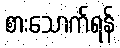
စားသောက်ရန်